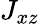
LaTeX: J_{xz}